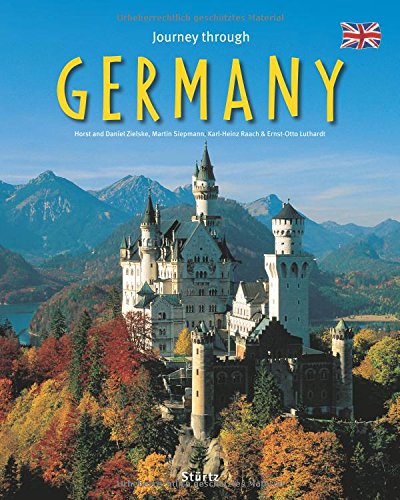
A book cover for Journey Through Germany (Journey Through series); Ernst-Otto Luthardt; Travel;